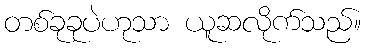
တစ်ခုခုပဲဟုသာ ယူဆလိုက်သည်။